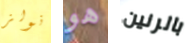
نولز هو بالرنين